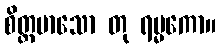
စိတ္တမာသော တု ရမ္မကော။